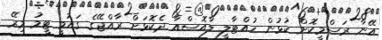
އޭނާ ރަސްމީކޮށް ކުޅުން ހުއްޓާލީ ލާއޮސްއާ ދެކޮޅަށް ރާއްޖޭގެ ގައުމީ ޓީމު މިރޭ